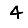
Digit: 4